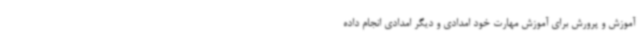
آموزش و پرورش برای آموزش مهارت خود امدادی و دیگر امدادی انجام داده